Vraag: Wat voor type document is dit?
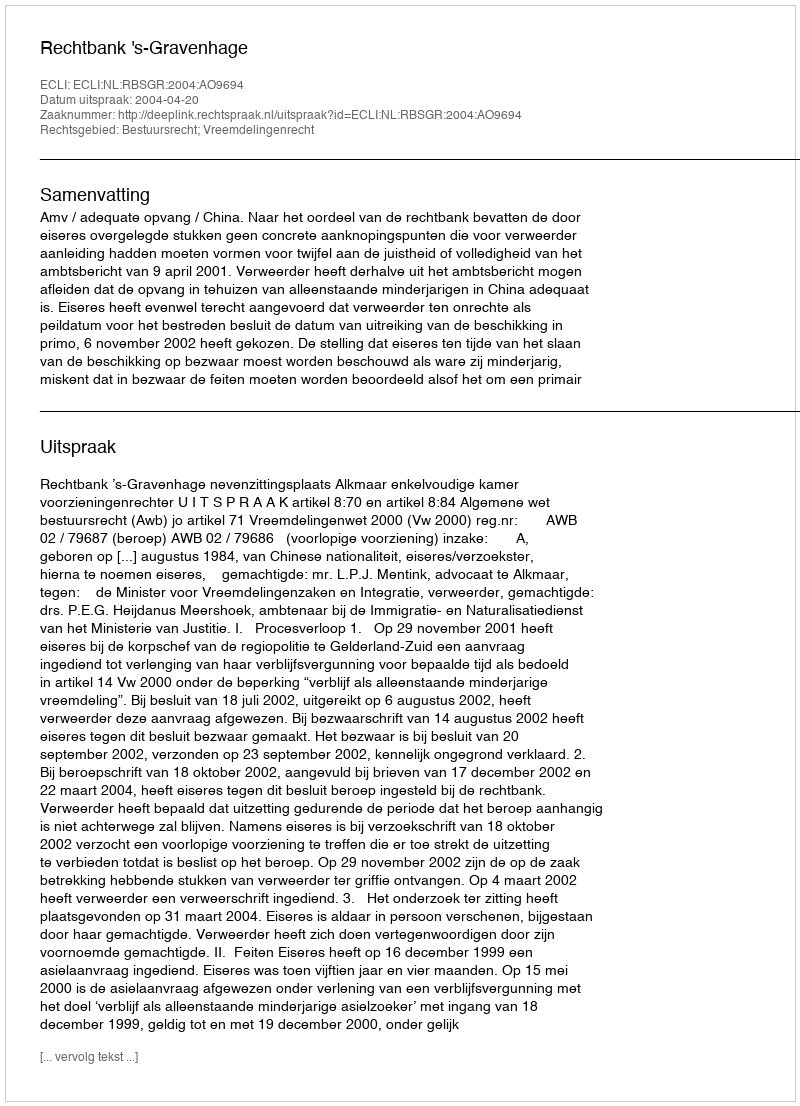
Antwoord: Uitspraak